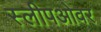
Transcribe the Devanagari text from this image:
स्लीपओवर